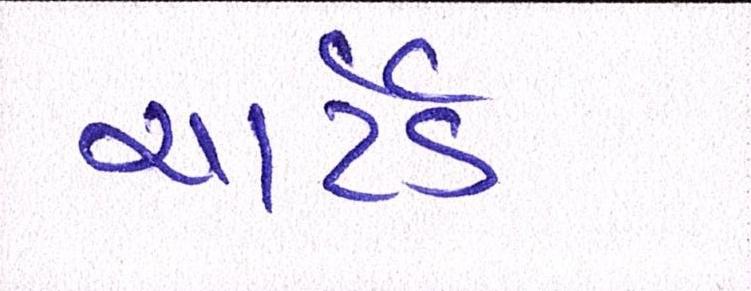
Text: ચાર્ટર્ડ